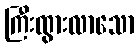
ကြီးထွားလာသော